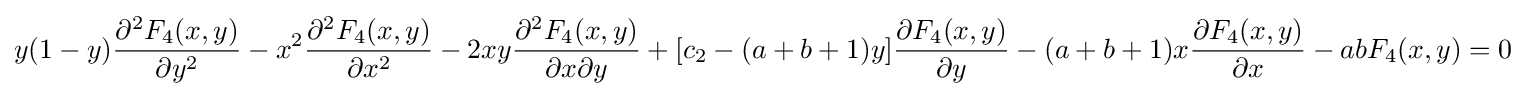
y(1-y){\frac {\partial ^{2}F_{4}(x,y)}{\partial y^{2}}}-x^{2}{\frac {\partial ^{2}F_{4}(x,y)}{\partial x^{2}}}-2xy{\frac {\partial ^{2}F_{4}(x,y)}{\partial x\partial y}}+[c_{2}-(a+b+1)y]{\frac {\partial F_{4}(x,y)}{\partial y}}-(a+b+1)x{\frac {\partial F_{4}(x,y)}{\partial x}}-abF_{4}(x,y)=0